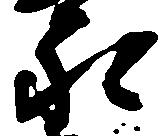
永